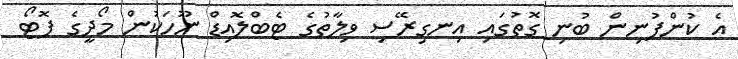
އެ ކުންފުނިން ބުނި ގޮތުގައި އިނގިރޭސި ވިލާތުގެ ޓެބްލޮއިޑް ނޫހަކުން މޯދީގެ ފޮޓޯ